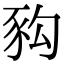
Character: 𧰴